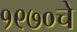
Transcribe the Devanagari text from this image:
१९७०चे